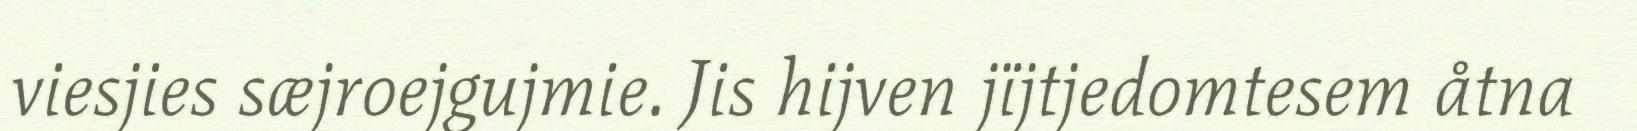
viesjies sæjroejgujmie. Jis hijven jïjtjedomtesem åtna